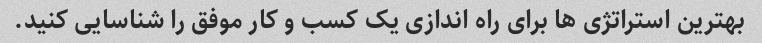
بهترین استراتژی ها برای راه اندازی یک کسب و کار موفق را شناسایی کنید.